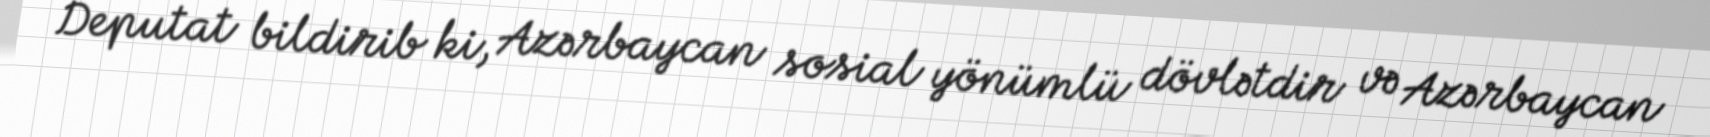
Deputat bildirib ki, Azərbaycan sosial yönümlü dövlətdir və Azərbaycan